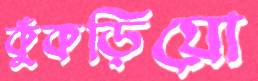
কুঁকড়িয়ো